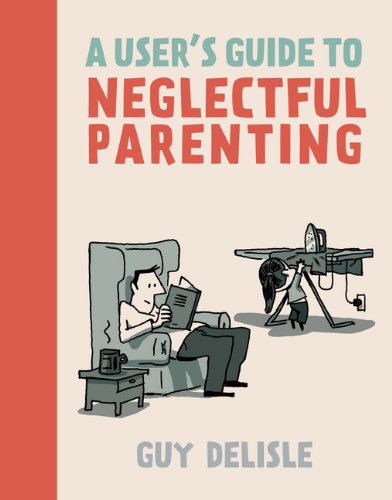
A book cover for A User's Guide to Neglectful Parenting; Guy Delisle; Comics & Graphic Novels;